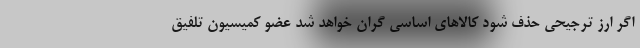
اگر ارز ترجیحی حذف شود کالاهای اساسی گران خواهد شد عضو کمیسیون تلفیق